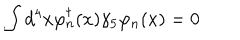
LaTeX: \int d ^ { 4 } x \varphi _ { n } ^ { \dagger } ( x ) \gamma _ { 5 } \varphi _ { n } ( x ) = 0